Insane asylums in Bengal annual reports 1876-1887 - 1876-1887
Year: 1876
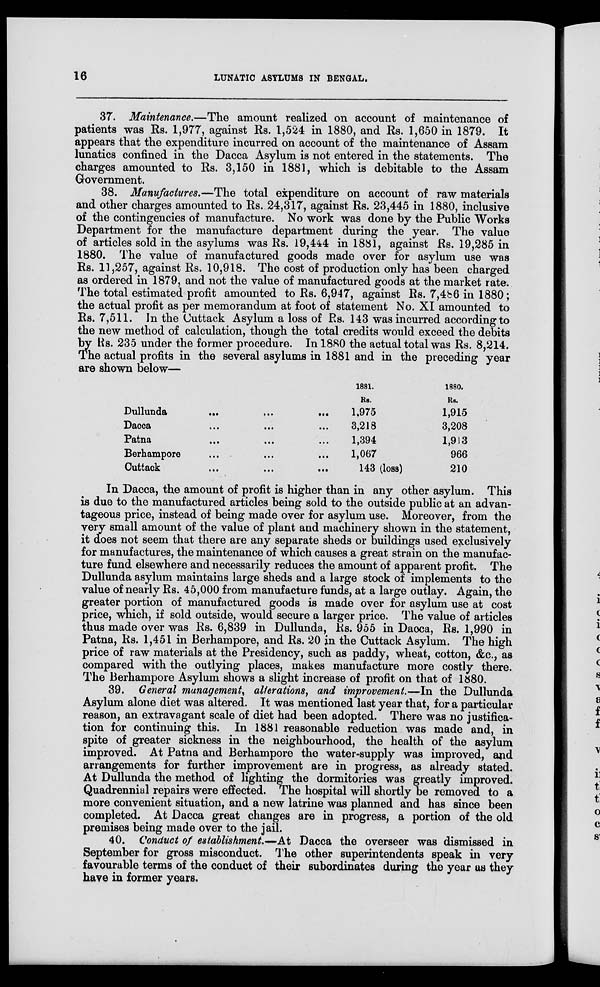
16
LUNATIC ASYLUMS IN BENGAL.
37. Maintenance.—The amount realized on account of maintenance of
patients was Rs. 1,977, against Rs. 1,524 in 1880, and Rs. 1,650 in 1879. It
appears that the expenditure incurred on account of the maintenance of Assam
lunatics confined in the Dacca Asylum is not entered in the statements. The
charges amounted to Rs. 3,150 in 1881, which is debitable to the Assam
Government.
38. Manufactures.—The total expenditure on account of raw materials
and other charges amounted to Rs. 24,317, against Rs. 23,445 in 1880, inclusive
of the contingencies of manufacture. No work was done by the Public Works
Department for the manufacture department during the year. The value
of articles sold in the asylums was Rs. 19,444 in 1881, against Rs. 19,285 in
1880. The value of manufactured goods made over for asylum use was
Rs. 11,257, against Rs. 10,918. The cost of production only has been charged
as ordered in 1879, and not the value of manufactured goods at the market rate.
The total estimated profit amounted to Rs. 6,947, against Rs. 7,486 in 1880;
the actual profit as per memorandum at foot of statement No. XI amounted to
Rs. 7,511. In the Cuttack Asylum a loss of Rs. 143 was incurred according to
the new method of calculation, though the total credits would exceed the debits
by Rs. 235 under the former procedure. In 1880 the actual total was Rs. 8,214.
The actual profits in the several asylums in 1881 and in the preceding year
are shown below—
Dullunda
...
...
...
Dacca ... ... ...
Patna
...
...
...
Berhampore ... ... ...
Cuttack ... ... ...
1881.
Rs.
1,975
3,218
1,394
1,067
143 (loss)
1880.
Rs.
1,915
3,208
1,913
966
210
In Dacca, the amount of profit is higher than in any other asylum. This
is due to the manufactured articles being sold to the outside public at an advan-
tageous price, instead of being made over for asylum use. Moreover, from the
very small amount of the value of plant and machinery shown in the statement,
it does not seem that there are any separate sheds or buildings used exclusively
for manufactures, the maintenance of which causes a great strain on the manufac-
ture fund elsewhere and necessarily reduces the amount of apparent profit. The
Dullunda asylum maintains large sheds and a large stock of implements to the
value of nearly Rs. 45,000 from manufacture funds, at a large outlay. Again, the
greater portion of manufactured goods is made over for asylum use at cost
price, which, if sold outside, would secure a larger price. The value of articles
thus made over was Rs. 6,839 in Dullunda, Rs. 955 in Dacca, Rs. 1,990 in
Patna, Rs. 1,451 in Berhampore, and Rs. 20 in the Cuttack Asylum. The high
price of raw materials at the Presidency, such as paddy, wheat, cotton, &c., as
compared with the outlying places, makes manufacture more costly there.
The Berhampore Asylum shows a slight increase of profit on that of 1880.
39. General management, alterations, and improvement.—In the Dullunda
Asylum alone diet was altered. It was mentioned last year that, for a particular
reason, an extravagant scale of diet had been adopted. There was no justifica-
tion for continuing this. In 1881 reasonable reduction was made and, in
spite of greater sickness in the neighbourhood, the health of the asylum
improved. At Patna and Berhampore the water-supply was improved, and
arrangements for further improvement are in progress, as already stated.
At Dullunda the method of lighting the dormitories was greatly improved.
Quadrennial repairs were effected. The hospital will shortly be removed to a
more convenient situation, and a new latrine was planned and has since been
completed. At Dacca great changes are in progress, a portion of the old
premises being made over to the jail.
40. Conduct of establishment.—At Dacca the overseer was dismissed in
September for gross misconduct. The other superintendents speak in very
favourable terms of the conduct of their subordinates during the year as they
have in former years.